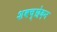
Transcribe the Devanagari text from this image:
शवच्छेदन